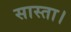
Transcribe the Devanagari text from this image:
सास्ता।